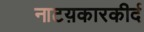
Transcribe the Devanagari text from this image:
नाटय़कारकीर्द